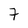
Character: 7